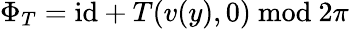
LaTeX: \Phi_{T}=\mathrm{id}+T(v(y),0)\ \mathrm{mod}\ 2\pi